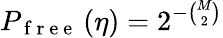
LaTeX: P_{\mathrm{~f~r~e~e~}}\left(\eta\right)=2^{-\binom{M}{2}}